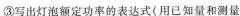
③写出灯泡额定功率的表达式(用已知量和测量